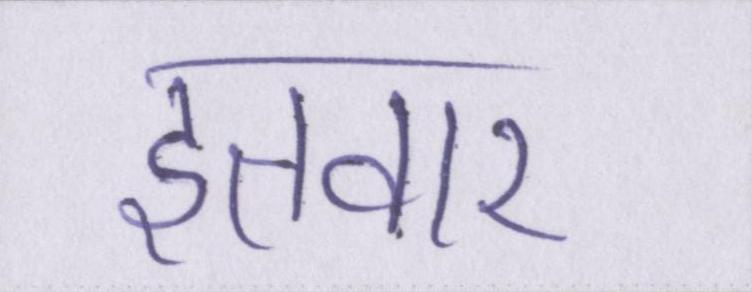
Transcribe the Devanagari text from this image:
इतवार